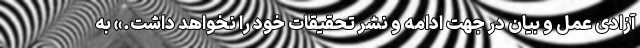
آزادی عمل و بیان در جهت ادامه و نشر تحقیقات خود را نخواهد داشت.» به